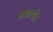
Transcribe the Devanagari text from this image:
मछली।